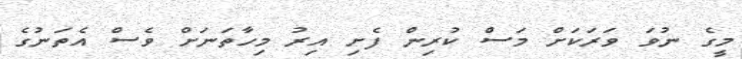
މީގެ ނުވަ ވަރަކަށް މަސް ކުރިން ފެށި އިރު މިހާތަނަށް ވެސް އެތަނުގެ